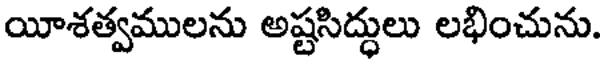
యీశత్వములను అష్టసిద్ధులు లభించును.